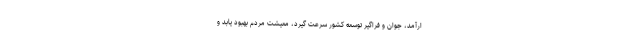
ارآمد، جوان و فراگیر توسعه کشور سرعت گیرد، معیشت مردم بهبود یابد و